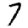
Digit: 7